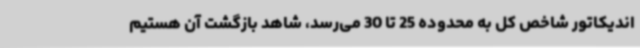
اندیکاتور شاخص کل به محدوده 25 تا 30 می‌رسد، شاهد بازگشت آن هستیم